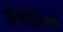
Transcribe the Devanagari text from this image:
डेसेलिअर